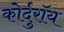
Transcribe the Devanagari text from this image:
कोर्दुरॉय